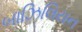
બાઝિલિયન